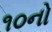
૧૦નો